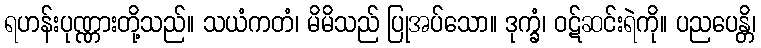
ရဟန်းပုဏ္ဏားတို့သည်။ သယံကတံ၊ မိမိသည် ပြုအပ်သော။ ဒုက္ခံ၊ ဝဋ်ဆင်းရဲကို။ ပညပေန္တိ၊